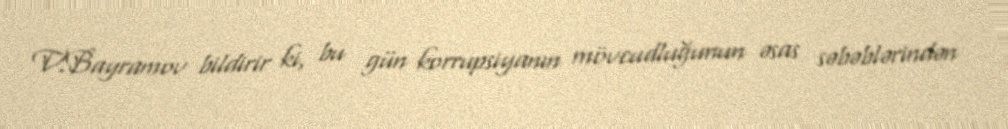
V.Bayramov bildirir ki, bu gün korrupsiyanın mövcudluğunun əsas səbəblərindən